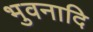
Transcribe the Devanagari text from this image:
भुवनादि